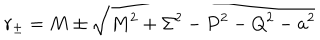
LaTeX: r _ { \pm } = M \pm \sqrt { M ^ { 2 } + \Sigma ^ { 2 } - P ^ { 2 } - Q ^ { 2 } - a ^ { 2 } }